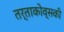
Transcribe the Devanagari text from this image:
तर्ताकोव्सकी